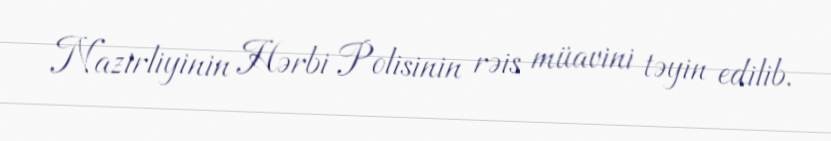
Nazirliyinin Hərbi Polisinin rəis müavini təyin edilib.